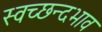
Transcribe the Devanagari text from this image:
स्वच्छन्दभाव